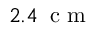
2 . 4 \, \mathrm { ~ c ~ m ~ }